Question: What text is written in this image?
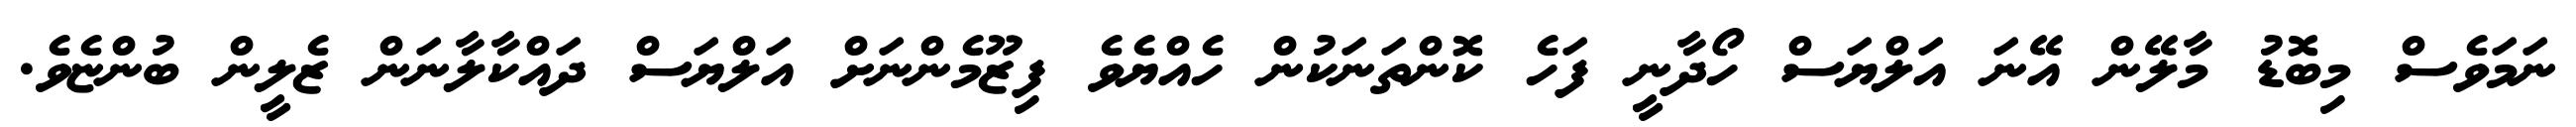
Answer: ނަމަވެސް މިބޮޑު މާލޭން އޭނަ އަލްޔަސް ހޯދާނީ ފަހެ ކޮންތަނަކުން ހެއްޔެވެ ފިޒޫމެންނަށް އަލްޔަސް ދައްކާލާނަން ޒެލީން ބުންޏެވެ.